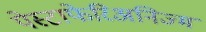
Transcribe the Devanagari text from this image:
पेस्टाफेरिअनिज्म